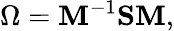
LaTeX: \Omega=\mathbf{M}^{-1}\mathbf{S}\mathbf{M},